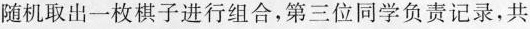
随机取出一枚棋子进行组合，第三位同学负责记录，共